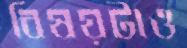
বিষয়টাও